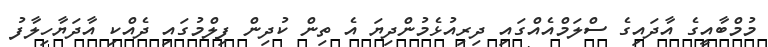
މުމްބާއީގެ އާދައިގެ ސްލަމްއެއްގައި ދިރިއުޅެމުންދިޔަ އެ ތިން ކުދިން ފިލްމުގައި ދެއްކި އާދަޔާހިލާފު